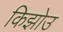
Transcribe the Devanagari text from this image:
किझोउ